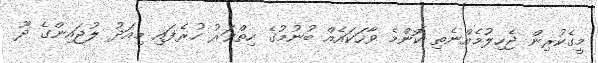
މީގެކުރިން ޖެހިލުމެއްނެތި ކޮންމެ ވާހަކައެއް ބުނުމުގެ ހިތްވަރު ހުރެފައި މިއަދު ލުޖައިންގެ ދޫ